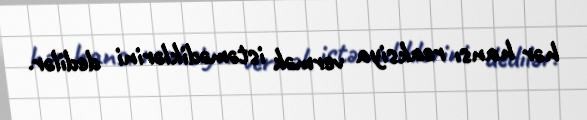
hər hansı reaksiya vermək istəmədiklərini dedilər.